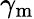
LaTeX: \gamma_{\mathrm{m}}